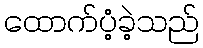
ထောက်ပံ့ခဲ့သည်